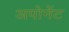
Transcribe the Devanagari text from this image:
अपोनेंट